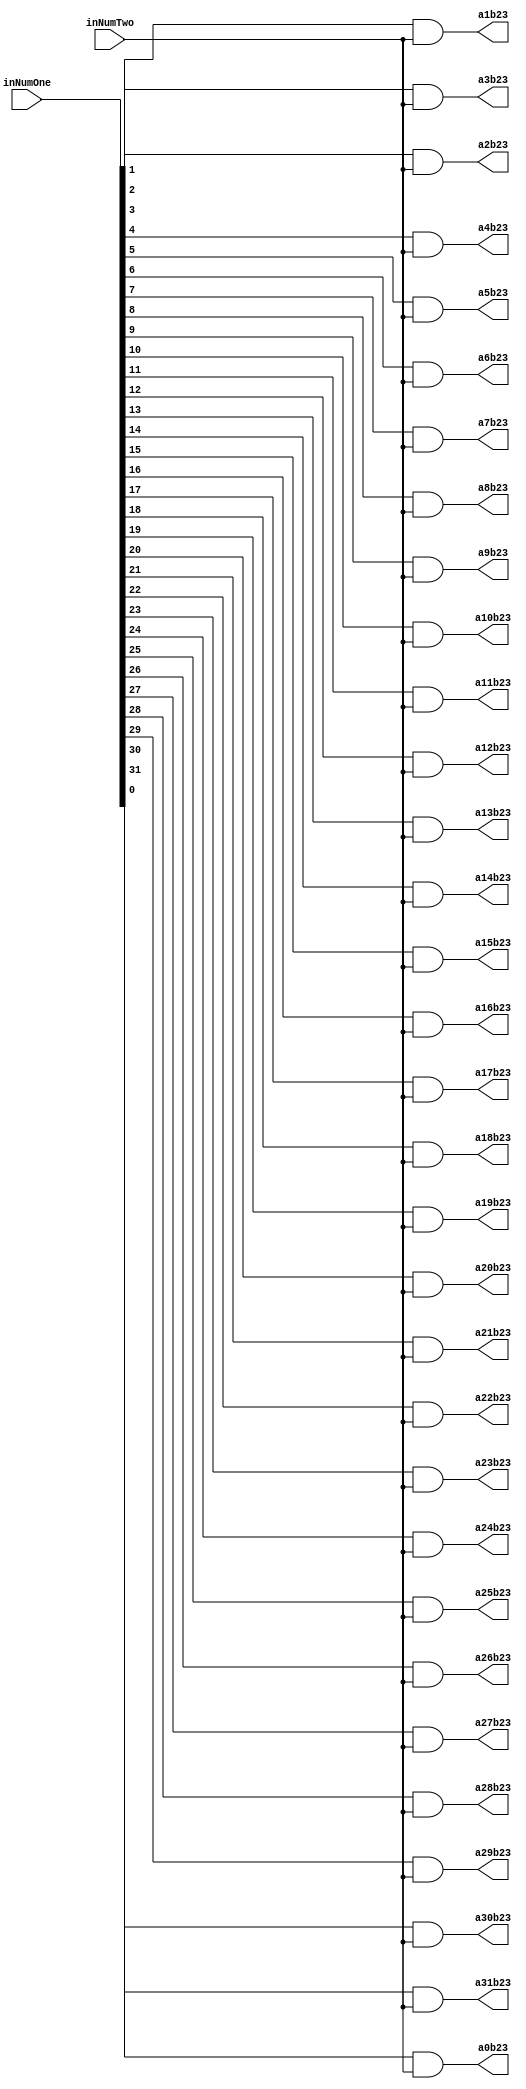
`timescale 1ns / 1ps

module PartialProductRow23(inNumOne,inNumTwo,a0b23,a1b23,a2b23,a3b23,a4b23,a5b23,a6b23,a7b23,a8b23,a9b23,a10b23,a11b23,a12b23,a13b23,a14b23,a15b23,a16b23,a17b23,a18b23,a19b23,a20b23,a21b23,a22b23,a23b23,a24b23,a25b23,a26b23,a27b23,a28b23,a29b23,a30b23,a31b23);
input [31:0] inNumOne;
input inNumTwo;
output reg a0b23,a1b23,a2b23,a3b23,a4b23,a5b23,a6b23,a7b23,a8b23,a9b23,a10b23,a11b23,a12b23,a13b23,a14b23,a15b23,a16b23,a17b23,a18b23,a19b23,a20b23,a21b23,a22b23,a23b23,a24b23,a25b23,a26b23,a27b23,a28b23,a29b23,a30b23,a31b23;

always@(inNumOne,inNumTwo)begin
	a0b23 <= inNumOne[0] & inNumTwo;
	a1b23 <= inNumOne[1] & inNumTwo;
	a2b23 <= inNumOne[2] & inNumTwo;
	a3b23 <= inNumOne[3] & inNumTwo;
	a4b23 <= inNumOne[4] & inNumTwo;
	a5b23 <= inNumOne[5] & inNumTwo;
	a6b23 <= inNumOne[6] & inNumTwo;
	a7b23 <= inNumOne[7] & inNumTwo;
	a8b23 <= inNumOne[8] & inNumTwo;
	a9b23 <= inNumOne[9] & inNumTwo;
	a10b23 <= inNumOne[10] & inNumTwo;
	a11b23 <= inNumOne[11] & inNumTwo;
	a12b23 <= inNumOne[12] & inNumTwo;
	a13b23 <= inNumOne[13] & inNumTwo;
	a14b23 <= inNumOne[14] & inNumTwo;
	a15b23 <= inNumOne[15] & inNumTwo;
	a16b23 <= inNumOne[16] & inNumTwo;
	a17b23 <= inNumOne[17] & inNumTwo;
	a18b23 <= inNumOne[18] & inNumTwo;
	a19b23 <= inNumOne[19] & inNumTwo;
	a20b23 <= inNumOne[20] & inNumTwo;
	a21b23 <= inNumOne[21] & inNumTwo;
	a22b23 <= inNumOne[22] & inNumTwo;
	a23b23 <= inNumOne[23] & inNumTwo;
	a24b23 <= inNumOne[24] & inNumTwo;
	a25b23 <= inNumOne[25] & inNumTwo;
	a26b23 <= inNumOne[26] & inNumTwo;
	a27b23 <= inNumOne[27] & inNumTwo;
	a28b23 <= inNumOne[28] & inNumTwo;
	a29b23 <= inNumOne[29] & inNumTwo;
	a30b23 <= inNumOne[30] & inNumTwo;
	a31b23 <= inNumOne[31] & inNumTwo;
end

endmodule